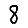
Digit: 8